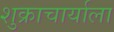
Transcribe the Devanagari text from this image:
शुक्राचार्याला